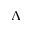
\Lambda